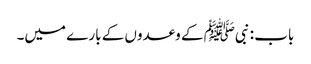
باب : نبیﷺ کے وعدوں کے بارے میں۔